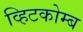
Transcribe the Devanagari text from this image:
व्हिटकोम्ब